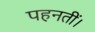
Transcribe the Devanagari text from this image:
पहनतीं।